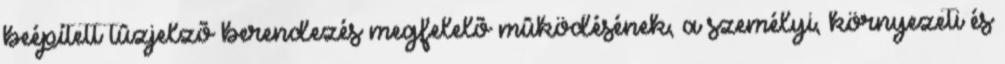
beépített tûzjelzõ berendezés megfelelõ mûködésének, a személyi, környezeti és